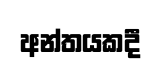
අන්තයකදී